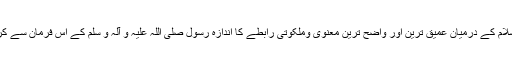
رسول خدا صلی اللہ علیہ و آلہ و سلم اور امام حسین علیہ السلام کے درمیان عمیق ترین اور واضح ترین معنوی وملکوتی رابطے کا اندازہ رسول صلی اللہ علیہ و آلہ و سلم کے اس فرمان سے کرسکتا ہے:"حسین مجھ سے هیں اور میں حسین سے هوں"۔